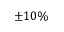
\pm 1 0 \%